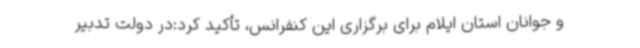
و جوانان استان ایلام برای برگزاری این کنفرانس، تأکید کرد:در دولت تدبیر